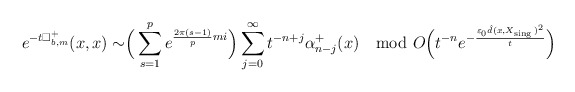
\begin{align*} e^{-t\Box^+_{b,m}}(x,x)\sim\Bigr(\sum\limits^{p}_{s=1}e^{\frac{2\pi(s-1)}{p}mi}\Bigr)\sum^\infty_{j=0}t^{-n+j}\alpha^+_{n-j}(x)\mod O\Bigr(t^{-n}e^{-\frac{\varepsilon_0\hat d(x,X_{\mathrm{sing\,}})^2}{t}}\Bigr)\end{align*}